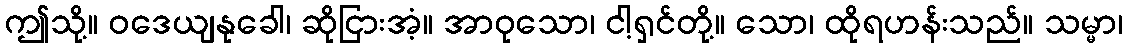
ဤသို့။ ဝဒေယျနုခေါ၊ ဆိုငြားအံ့။ အာဝုသော၊ ငါ့ရှင်တို့။ သော၊ ထိုရဟန်းသည်။ သမ္မာ၊